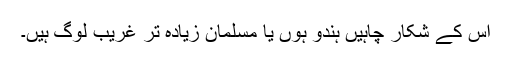
اس کے شکار چاہیں ہندو ہوں یا مسلمان زیادہ تر غریب لوگ ہیں۔